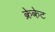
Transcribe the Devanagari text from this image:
क्रेकेट